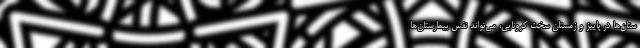
ستان‌ها در پاییز و زمستان سختِ کرونایی، می‌تواند نفس بیمارستان‌ها